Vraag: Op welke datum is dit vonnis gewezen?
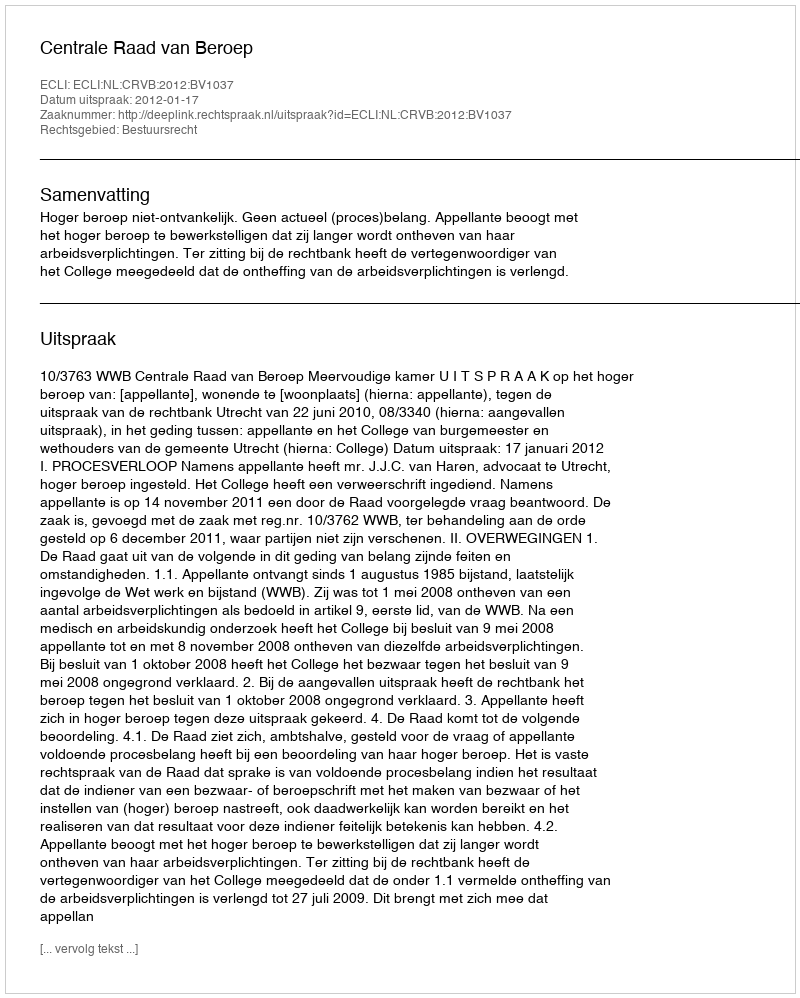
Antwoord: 2012-01-17